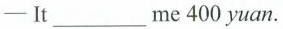
——It___me 400 yuan.